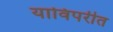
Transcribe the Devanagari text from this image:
याविपरीत